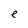
Character: e